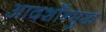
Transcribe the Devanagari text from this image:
आदर्शोंन्मुख